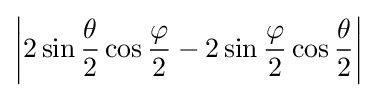
\left|2\sin {\frac {\theta }{2}}\cos {\frac {\varphi }{2}}-2\sin {\frac {\varphi }{2}}\cos {\frac {\theta }{2}}\right|